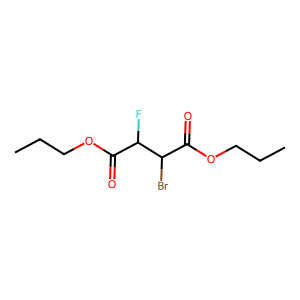
SMILES: CCCOC(=O)C(F)C(Br)C(=O)OCCC
Inhibits HIV replication: No